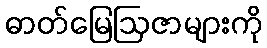
ဓာတ်မြေဩဇာများကို